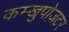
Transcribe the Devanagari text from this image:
कम्खुपोज़टर